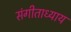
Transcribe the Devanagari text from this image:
संगीताध्याय